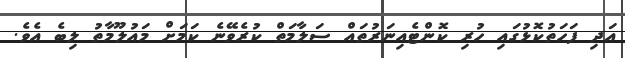
އަދި ފަހަތުކޮޅުގައި ހުރި ކޮންޓެއިނަރުތައް ސަލާމަތް ކުރެވޭނެ ކަމަށް މައުލޫމާތު ލިބެ އެވެ.